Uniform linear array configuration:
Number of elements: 8
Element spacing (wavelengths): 0.75
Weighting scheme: hamming
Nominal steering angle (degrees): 30
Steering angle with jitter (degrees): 30.887
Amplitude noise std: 0.05
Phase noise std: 0.05

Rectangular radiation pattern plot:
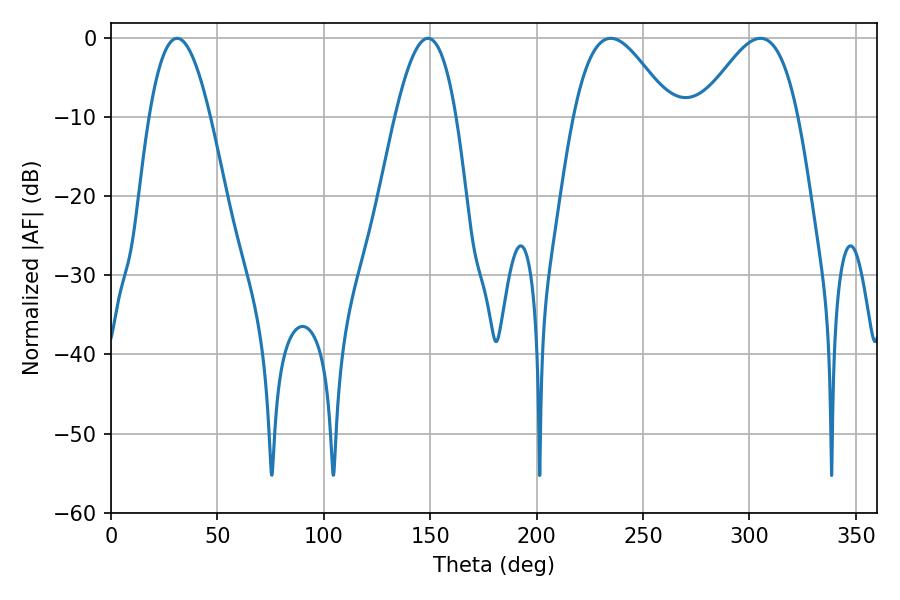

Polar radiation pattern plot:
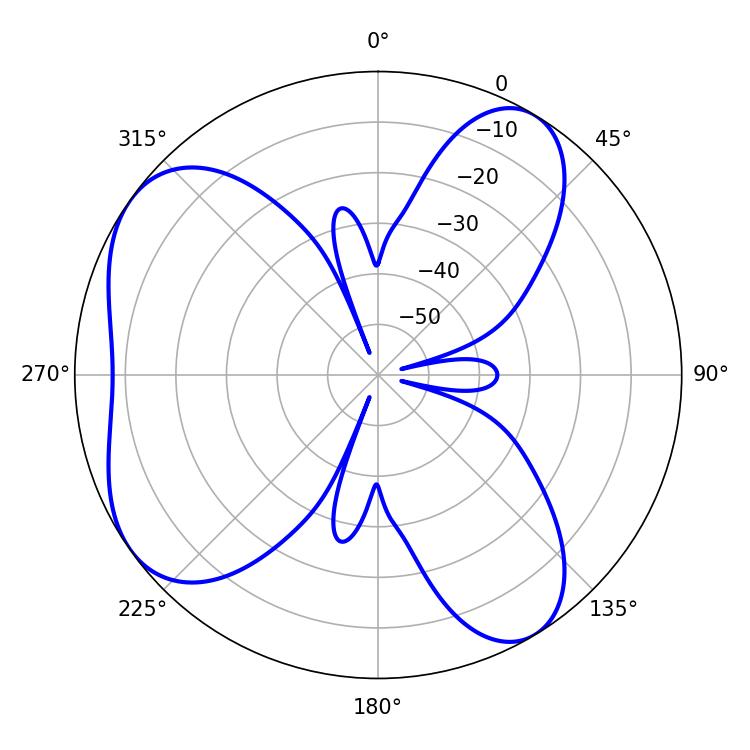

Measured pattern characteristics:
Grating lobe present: TRUE
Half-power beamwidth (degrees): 24.66
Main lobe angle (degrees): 234.9